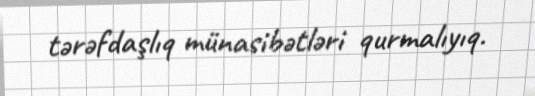
tərəfdaşlıq münasibətləri qurmalıyıq.